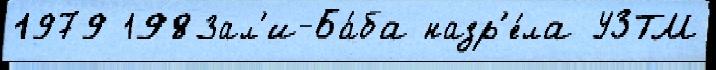
1979 1983ал'и-Ба́ба назр'е́ла УЗТМ